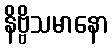
နိဗ္ဗိသမာနော